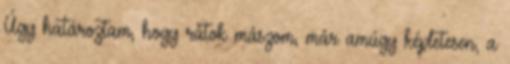
Úgy határoztam, hogy rátok mászom, már amúgy képletesen, a